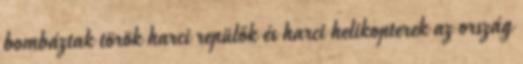
bombáztak török harci repülők és harci helikopterek az ország